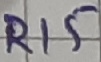
Text: R15